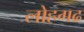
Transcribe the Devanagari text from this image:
लोहगढ